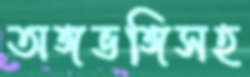
অঙ্গভঙ্গিসহ